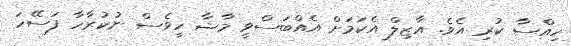
ހިއްސާ ކުރި އެވެ. އާޒިލް އެކަމަށް އެއްބަސްވީ މާޝާ ހީވެސް ނުކުރާހާ ފަސޭހަ